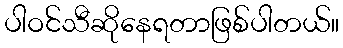
ပါဝင်သီဆိုနေရတာဖြစ်ပါတယ်။